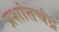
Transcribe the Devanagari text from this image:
प्रशांतचंद्र